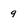
Character: 9